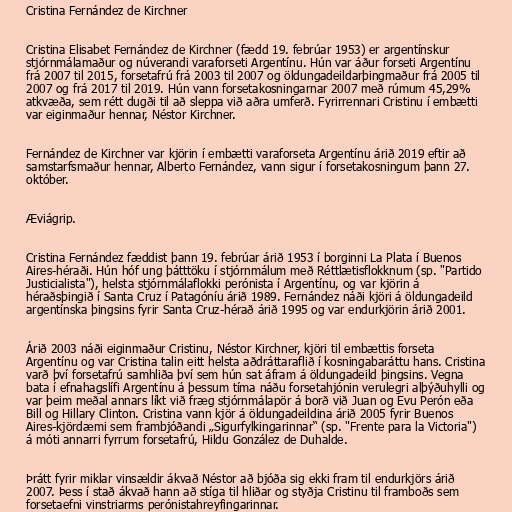
Cristina Fernández de Kirchner

Cristina Elisabet Fernández de Kirchner (fædd 19. febrúar 1953) er argentínskur
stjórnmálamaður og núverandi varaforseti Argentínu. Hún var áður forseti Argentínu
frá 2007 til 2015, forsetafrú frá 2003 til 2007 og öldungadeildarþingmaður frá 2005 til
2007 og frá 2017 til 2019. Hún vann forsetakosningarnar 2007 með rúmum 45,29%
atkvæða, sem rétt dugði til að sleppa við aðra umferð. Fyrirrennari Cristinu í embætti
var eiginmaður hennar, Néstor Kirchner.

Fernández de Kirchner var kjörin í embætti varaforseta Argentínu árið 2019 eftir að
samstarfsmaður hennar, Alberto Fernández, vann sigur í forsetakosningum þann 27.
október.

Æviágrip.

Cristina Fernández fæddist þann 19. febrúar árið 1953 í borginni La Plata í Buenos
Aires-héraði. Hún hóf ung þátttöku í stjórnmálum með Réttlætisflokknum (sp. "Partido
Justicialista"), helsta stjórnmálaflokki perónista í Argentínu, og var kjörin á
héraðsþingið í Santa Cruz í Patagóníu árið 1989. Fernández náði kjöri á öldungadeild
argentínska þingsins fyrir Santa Cruz-hérað árið 1995 og var endurkjörin árið 2001.

Árið 2003 náði eiginmaður Cristinu, Néstor Kirchner, kjöri til embættis forseta
Argentínu og var Cristina talin eitt helsta aðdráttaraflið í kosningabaráttu hans. Cristina
varð því forsetafrú samhliða því sem hún sat áfram á öldungadeild þingsins. Vegna
bata í efnahagslífi Argentínu á þessum tíma náðu forsetahjónin verulegri alþýðuhylli og
var þeim meðal annars líkt við fræg stjórnmálapör á borð við Juan og Evu Perón eða
Bill og Hillary Clinton. Cristina vann kjör á öldungadeildina árið 2005 fyrir Buenos
Aires-kjördæmi sem frambjóðandi „Sigurfylkingarinnar“ (sp. "Frente para la Victoria")
á móti annarri fyrrum forsetafrú, Hildu González de Duhalde.

Þrátt fyrir miklar vinsældir ákvað Néstor að bjóða sig ekki fram til endurkjörs árið
2007. Þess í stað ákvað hann að stíga til hliðar og styðja Cristinu til framboðs sem
forsetaefni vinstriarms perónistahreyfingarinnar.